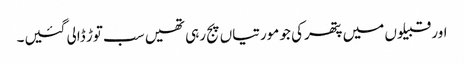
اور قبیلوں میں پتھرکی جو مورتیاں پج رہی تھیں سب توڑ ڈالی گئیں۔